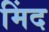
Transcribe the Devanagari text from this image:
मिंद